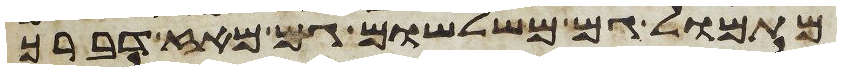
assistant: מתמול גם משלשום גם מאז דברך